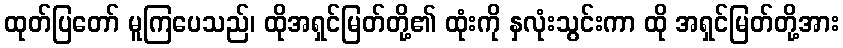
ထုတ်ပြတော် မူကြပေသည်၊ ထိုအရှင်မြတ်တို့၏ ထုံးကို နှလုံးသွင်းကာ ထို အရှင်မြတ်တို့အား